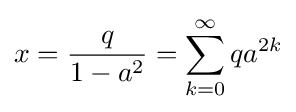
x={\frac {q}{1-a^{2}}}=\sum _{k=0}^{\infty }qa^{2k}